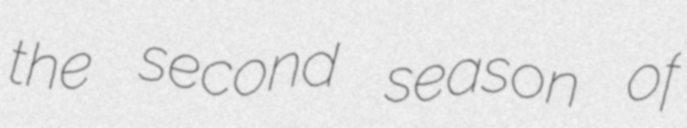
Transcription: the second season of